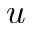
u